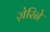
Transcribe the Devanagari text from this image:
ज़ेरिने